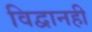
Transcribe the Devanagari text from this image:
विद्वानही